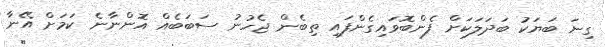
ގިނަ ބަޔަކު ބަދަލަކަށް ފެންބޮވައިގެންފައި ތިބެން ޖެހުނު ސަބަބެއް އޮންނާނެ ކަމަށް އޭނާ